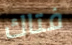
فتاك